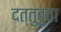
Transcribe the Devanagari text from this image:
दत्तुबुवा